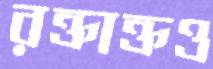
রক্তাক্তও